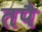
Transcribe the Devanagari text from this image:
तपै